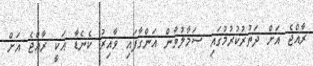
ރާއްޖެ އަށް ދަތުރުކުރުމުގައި ސަމާލުވާން އަންގާފައި ވާއިރު ކެނެޑާ އަކީ ރާއްޖެ އަށް